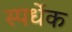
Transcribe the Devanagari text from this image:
स्पर्धेक